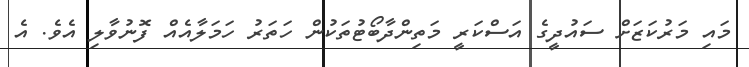
މައި މަރުކަޒަށް ސައުދީގެ އަސްކަރީ މަތިންދާބޯޓުތަކުން ހަތަރު ހަަމަލާއެއް ފޮނުވާލި އެވެ. އެ